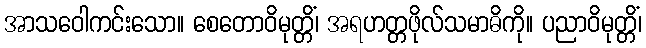
အာသဝေါကင်းသော။ စေတောဝိမုတ္တိံ၊ အရဟတ္တဖိုလ်သမာဓိကို။ ပညာဝိမုတ္တိံ၊